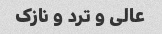
عالی و ترد و نازک